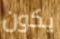
يكون